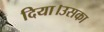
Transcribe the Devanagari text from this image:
दिया।उसका